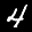
Label: 4